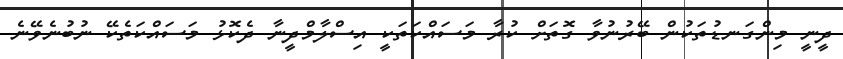
ދީނީ މިންގަނޑުތަކުން ބޭރުނުވާ ގޮތަށް ކުރާ މަސައްކަތަކީ އިސްލާމްދީނާ ދެކޮޅު މަސައްކަތެކޭ ނުބުނެވޭނެ